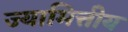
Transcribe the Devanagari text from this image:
ज्यामित्तीय